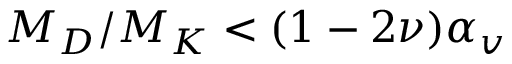
M _ { D } / M _ { K } < ( 1 - 2 \nu ) \alpha _ { v }